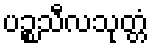
ပဉ္စသီလသုတ္တံ